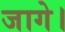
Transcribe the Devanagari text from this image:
जागे।